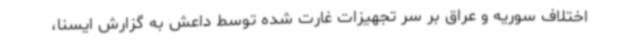
اختلاف سوریه و عراق بر سر تجهیزات غارت شده توسط داعش به گزارش ایسنا،